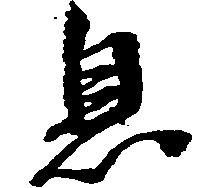
息